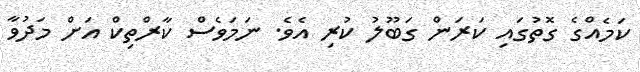
ކަމެއްގެ ގޮތުގައި ކަރަން ގަބޫލު ކުރި އެވެ. ނަމަވެސް ކާރްތިކް އަށް މަދުވާ